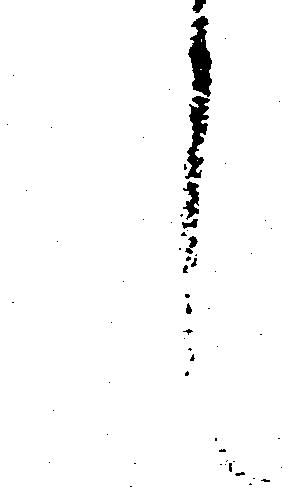
候